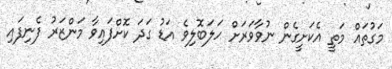
މަގުތައް މަތީ އެކަށީގެން ނުވާވަރަށް ހަލަބޮލިވެ އަޑު ގަދަ ކޮށްފައިވާ މަންޒަރު ފެނިފައި